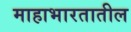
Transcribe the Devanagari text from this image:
माहाभारतातील